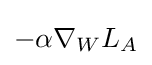
{\textstyle -\alpha \nabla _{W}L_{A}}